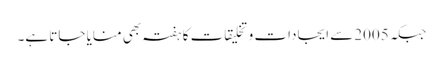
جبکہ 2005سے ایجادات و تخلیقات کا ہفتہ بھی منایا جاتا ہے۔